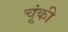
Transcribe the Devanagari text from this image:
चूंकी